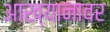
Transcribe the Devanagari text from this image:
आख्यानावर